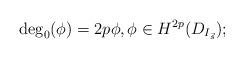
LaTeX: \begin{align*} \deg_0(\phi)=2p\phi, \phi\in H^{2p}(D_{I_{\vec s}}); \end{align*}